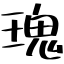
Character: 瑰